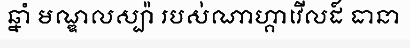
ឆ្នាំ មណ្ឌលស្ប៉ា របស់ណាហ្គាវើលដ៍ ធានា